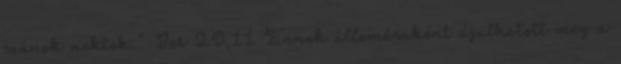
szánok nektek." Jer 29,11 Ennek állomásaként újulhatott meg a